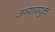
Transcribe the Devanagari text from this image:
अन्याययुक्त